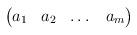
LaTeX: \begin{align*}\begin{pmatrix}a_1 & a_2 & \dots & a_{m}\end{pmatrix}\end{align*}